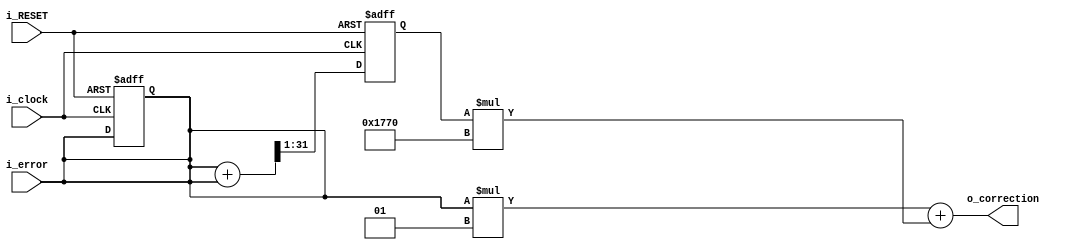
module PI (
   o_correction, // [32bit-signed] mean on 4 samples
   i_clock,      // for sequential behavior
   i_RESET,      // reset signal
   i_error      // [32bit-signed] input data to be filtered
);

output signed [31:0]  o_correction;
input                 i_clock;
input                 i_RESET;
input  signed [31:0]  i_error;



// CONSTANTS
   integer Kp = 1;
   integer Ki = 32'd6000;


// INTERNAL VARIABLE
   reg signed [31:0] err_int;
   reg signed [31:0] err;
   reg signed [31:0] err_prev;

// assign output variable
   assign err = i_error;
   assign o_correction = err*Kp + err_int*Ki;

// variable initialization
initial begin
   err      = 32'b0;
   err_prev = 32'b0;
   err_int  = 32'b0;
   err_int  = 32'b0;
end
// occhio, potrebbe esserci errore di segno usando solo <<
// ? cosa mette all'inizio, zero o uno?

always @(posedge i_clock or negedge i_RESET) begin
    if (~i_RESET) begin
      err      <= 32'b0;
      err_prev <= 32'b0;
      err_int  <= 32'b0;
   end else begin
      err_prev <= err;
      err_int  <= (err + err_prev)>>1;
   end
end

endmodule